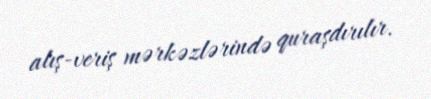
alış-veriş mərkəzlərində quraşdırılır.